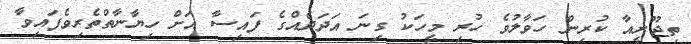
ތިޖޫރީއާ ކުރިން ހަވާލުވެ ހުރި މީހަކު ގިނަ އަދަދެއްގެ ފައިސާ އަށް ހިޔާނާތްތެރިވެފައިވާ